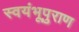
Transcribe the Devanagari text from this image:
स्वयंभूपुराण